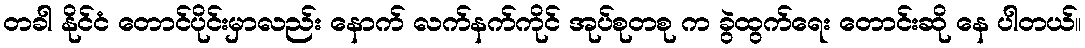
တခါ နိုင်ငံ တောင်ပိုင်းမှာလည်း နောက် လက်နက်ကိုင် အုပ်စုတစု က ခွဲထွက်ရေး တောင်းဆို နေ ပါတယ်။